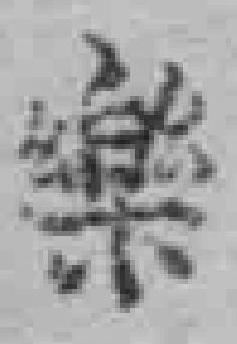
樂